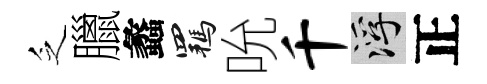
乏臘蠡羈吮千浮正